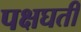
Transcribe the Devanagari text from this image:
पक्षघती